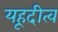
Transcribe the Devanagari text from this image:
यहूदीत्व